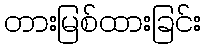
တားမြစ်ထားခြင်း